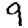
Digit: 9